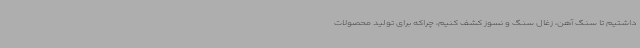
داشتیم تا سنگ آهن، زغال سنگ و نسوز کشف کنیم، چراکه برای تولید محصولات